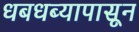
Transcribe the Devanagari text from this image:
धबधब्यापासून